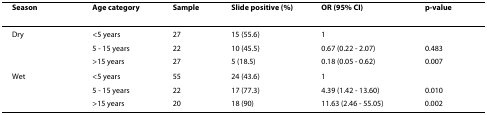
| Season | Age category | Sample | Slide positive (%) | OR (95% CI) | p-value |
 | --- | --- | --- | --- | --- | --- |
 | Dry | <5 years | 27 | 15 (55.6) | 1 |  |
 |  | 5 - 15 years | 22 | 10 (45.5) | 0.67 (0.22 - 2.07) | 0.483 |
 |  | >15 years | 27 | 5 (18.5) | 0.18 (0.05 - 0.62) | 0.007 |
 | Wet | <5 years | 55 | 24 (43.6) | 1 |  |
 |  | 5 - 15 years | 22 | 17 (77.3) | 4.39 (1.42 - 13.60) | 0.010 |
 |  | >15 years | 20 | 18 (90) | 11.63 (2.46 - 55.05) | 0.002 |